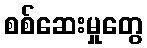
စစ်ဆေးမှုတွေ